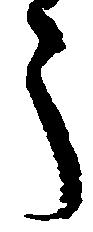
う